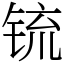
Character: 锍